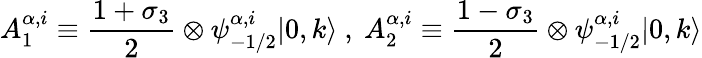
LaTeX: A_{1}^{\alpha,i}\equiv\frac{1+\sigma_{3}}{2}\otimes\psi_{-1/2}^{\alpha,i}|0,k\rangle~,~A_{2}^{\alpha,i}\equiv\frac{1-\sigma_{3}}{2}\otimes\psi_{-1/2}^{\alpha,i}|0,k\rangle